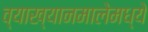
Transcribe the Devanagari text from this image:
व्याख्यानमालेमध्ये